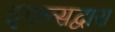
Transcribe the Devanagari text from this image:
इगल्सद्वारा